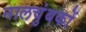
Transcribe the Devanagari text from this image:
नालचुंबकों